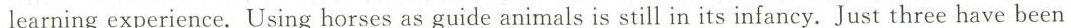
learning experience. Using horses as guide animals is still in its infancy. Just three have been